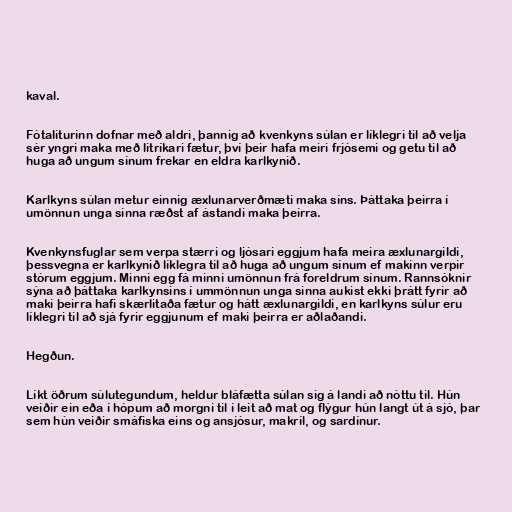
kaval.

Fótaliturinn dofnar með aldri, þannig að kvenkyns súlan er líklegri til að velja
sér yngri maka með litríkari fætur, því þeir hafa meiri frjósemi og getu til að
huga að ungum sínum frekar en eldra karlkynið.

Karlkyns súlan metur einnig æxlunarverðmæti maka síns. Þáttaka þeirra í
umönnun unga sinna ræðst af ástandi maka þeirra.

Kvenkynsfuglar sem verpa stærri og ljósari eggjum hafa meira æxlunargildi,
þessvegna er karlkynið líklegra til að huga að ungum sínum ef makinn verpir
stórum eggjum. Minni egg fá minni umönnun frá foreldrum sínum. Rannsóknir
sýna að þáttaka karlkynsins í ummönnun unga sinna aukist ekki þrátt fyrir að
maki þeirra hafi skærlitaða fætur og hátt æxlunargildi, en karlkyns súlur eru
líklegri til að sjá fyrir eggjunum ef maki þeirra er aðlaðandi.

Hegðun.

Líkt öðrum súlutegundum, heldur bláfætta súlan sig á landi að nóttu til. Hún
veiðir ein eða í hópum að morgni til í leit að mat og flýgur hún langt út á sjó, þar
sem hún veiðir smáfiska eins og ansjósur, makríl, og sardínur.